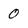
Character: 0